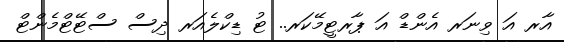
އާރ އަ ވިނަރ އެންޑް އަ ޕާރޓީމޭކަރ.. ޓު ޑިކްލެއަރ ދިސް ސްޓޭޓްމެންޓް